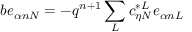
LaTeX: b e _ { \alpha n N } = - q ^ { n + 1 } \sum _ { L } c _ { \eta N } ^ { * L } e _ { \alpha n L }